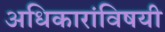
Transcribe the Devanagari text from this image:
अधिकारांविषयी